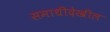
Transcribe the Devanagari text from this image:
समाधीदेखील